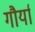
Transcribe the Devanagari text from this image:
गौर्या